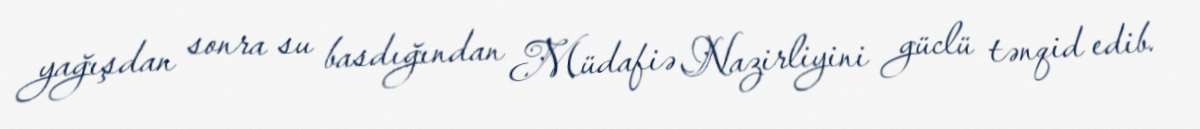
yağışdan sonra su basdığından Müdafiə Nazirliyini güclü tənqid edib.